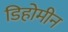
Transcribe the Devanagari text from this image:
डिहोमीन